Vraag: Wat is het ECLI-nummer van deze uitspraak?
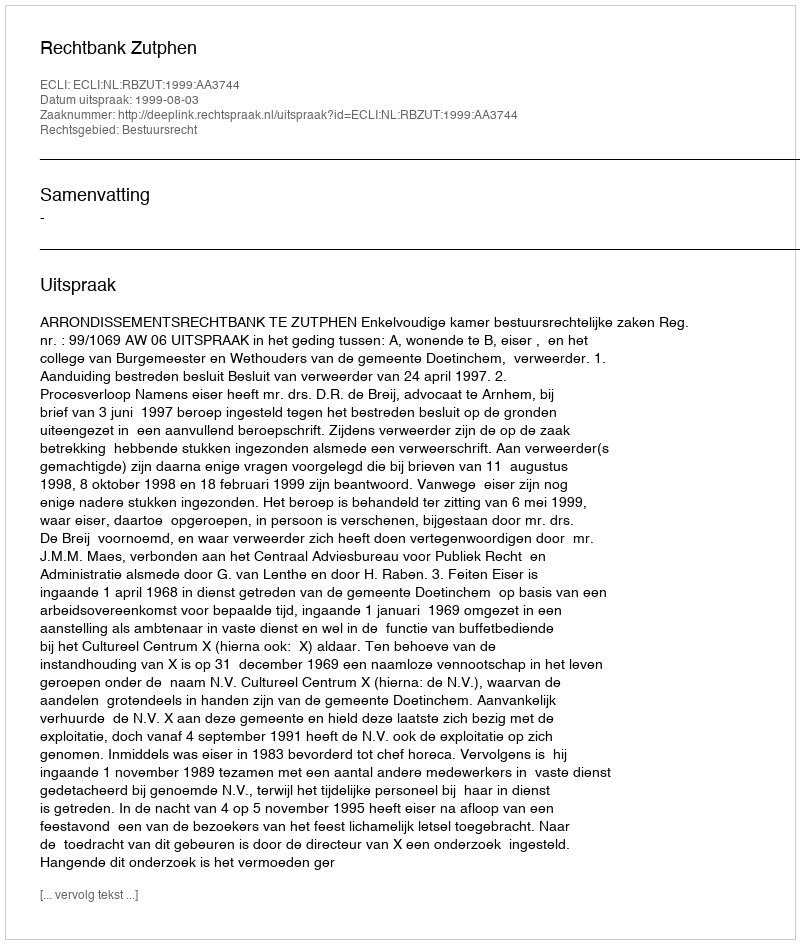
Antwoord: ECLI:NL:RBZUT:1999:AA3744